Insane asylums Bombay 1873-77 - 1873-1877
Year: 1873
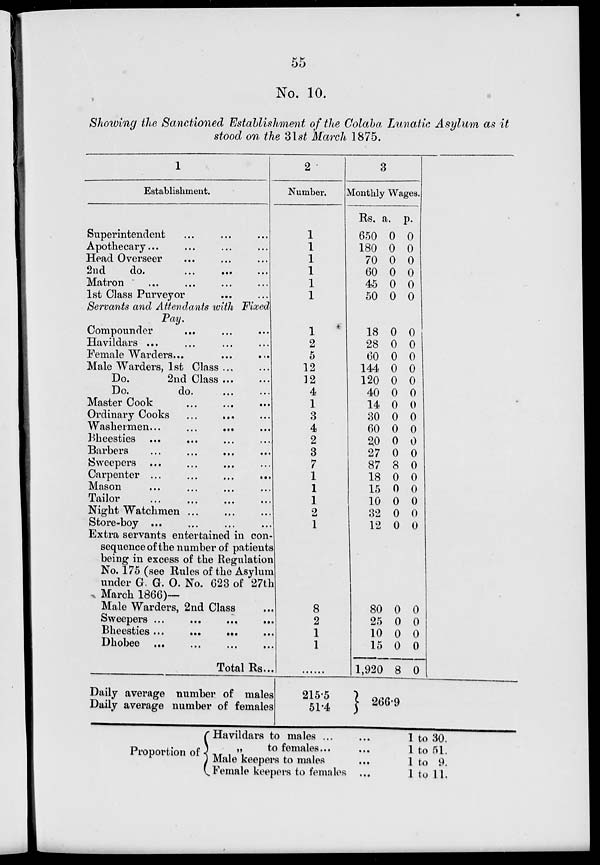
55
No. 10.
Showing the Sanctioned Establishment of the Colaba Lunatic Asylum as it
stood on the 3lst March 1875.
1
Establishment.
Superintendent ... ... ...
Apothecary ... ... ... ...
Head Overseer ... ... ...
2nd
do. ... ... ...
Matron ... ... ... ...
1st Class Purveyor ... ...
Servants and Attendants with Fixed
Pay.
Compounder ... ... ...
Havildars . . . . . . . . . ...
Female Warders... ... ...
Male Warders, 1st Class ... ...
Do.
2nd Class ... ...
Do.
do. ... ...
Master Cook ... ... ...
Ordinary Cooks ... ... ...
Washermen . . . . . . . . . ...
Bheesties ... ... ... ...
Barbers ... ... ... ...
Sweepers ... ... ... ...
Carpenter ...
...
...
...
Mason ... ... ... ...
Tailor ... ... ... ...
Night Watchmen ... ... ...
Store-boy ... ... ... ...
Extra servants entertained in con-
sequence of the number of patients
being in excess of the Regulation
No. 175 (see Rules of the Asylum
under G. G. O. No. 623 of 27th
March 1866)—
Male Warders, 2nd Class ...
Sweepers ... ... ...
...
Bheesties ... ... ...
...
Dhobee
...
...
...
...
Total Rs...
Daily average number of males
Daily average number of females
2
Number.
1
1
1
1
1
1
1
2
5
12
12
4
1
3
4
2
3
7
1
1
1
2
1
8
2
1
1
......
215.5
51.4
3
Monthly Wages.
Rs.
650
180
70
60
45
50
18
28
60
144
120
40
14
30
60
20
27
87
18
15
10
32
12
80
25
10
15
1,920
a.
0
0
0
0
0
0
0
0
0
0
0
0
0
0
0
0
0
8
0
0
0
0
0
0
0
0
0
8
p.
0
0
0
0
0
0
0
0
0
0
0
0
0
0
0
0
0
0
0
0
0
0
0
0
0
0
0
0
266.9
Proportion of
Havildars to males ... ...
„
to females ... ...
Male keepers to males
...
Female keepers to females ...
1 to 30.
1 to 51.
1 to 9.
1 to 11.